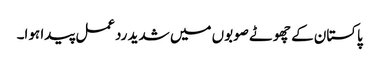
پاکستان کے چھوٹے صوبوں میں شدید ردعمل پیدا ہوا۔